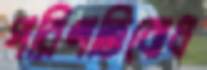
পরিণতিবোধ